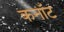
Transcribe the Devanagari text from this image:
कनाॅट